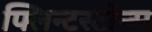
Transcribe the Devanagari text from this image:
फ्लिन्टस्टोन्स